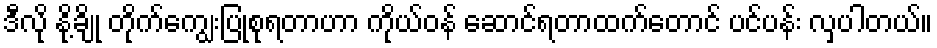
ဒီလို နို့ချို တိုက်ကျွေးပြုစုရတာဟာ ကိုယ်ဝန် ဆောင်ရတာထက်တောင် ပင်ပန်း လှပါတယ်။